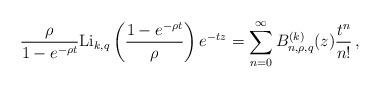
LaTeX: \begin{align*} \frac{\rho}{1-e^{-\rho t}}{\rm Li}_{k,q}\left(\frac{1-e^{-\rho t}}{\rho}\right)e^{-t z}=\sum_{n=0}^\infty B_{n,\rho,q}^{(k)}(z)\frac{t^n}{n!}\,, \end{align*}